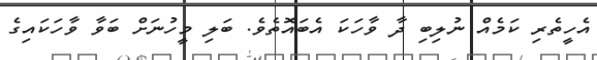
އެހީތެރި ކަމެއް ނުލިބި ދާ ވާހަކަ އެބައޮތެވެ. ބަލި މީހުނަށް ބަވާ ވާހަކައިގެ